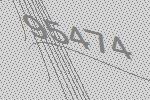
95474